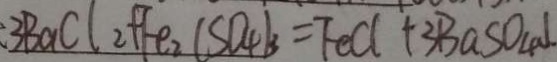
3 B a C l _ { 2 } + F _ { e 2 } ( S O _ { 4 } ) _ { 3 } = F e C l + 3 B a S O _ { 4 } \downarrow